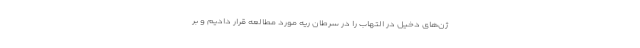
ژن‌های دخیل در التهاب را در سرطان ریه مورد مطالعه قرار دادیم و بر